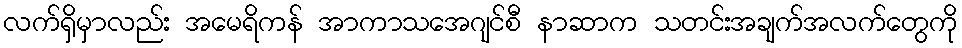
လက်ရှိမှာလည်း အမေရိကန် အာကာသအေဂျင်စီ နာဆာက သတင်းအချက်အလက်တွေကို